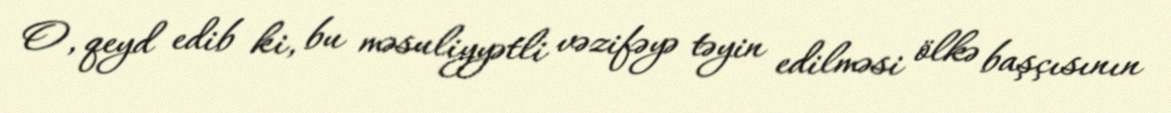
O, qeyd edib ki, bu məsuliyyətli vəzifəyə təyin edilməsi ölkə başçısının